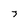
Character: 3